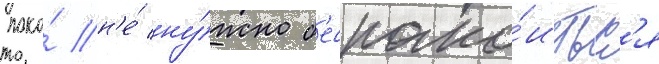
пока́ н'е́ ну́жно б'еспоко́итьс'я